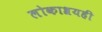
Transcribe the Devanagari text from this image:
लोकाश्रयही